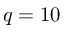
q = 1 0